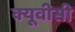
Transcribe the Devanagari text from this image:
क्यूवीसी